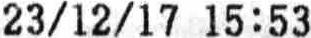
23/12/17 15:53